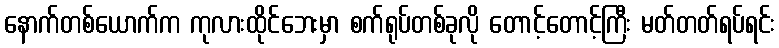
နောက်တစ်ယောက်က ကုလားထိုင်ဘေးမှာ စက်ရုပ်တစ်ခုလို တောင့်တောင့်ကြီး မတ်တတ်ရပ်ရင်း